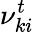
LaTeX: \nu_{ki}^{t}